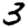
Digit: 3